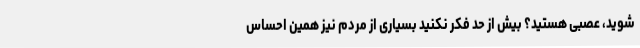
شوید، عصبی هستید؟ بیش از حد فکر نکنید بسیاری از مردم نیز همین احساس